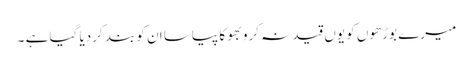
میرے بوڑھوں کو یوں قید نہ کرو بھوکا پیاسا ان کو بند کردیا گیا ہے ۔